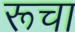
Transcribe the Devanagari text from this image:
रूचा